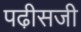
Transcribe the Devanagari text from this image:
पढी़सजी